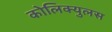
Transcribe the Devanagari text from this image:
कोलिक्युलस